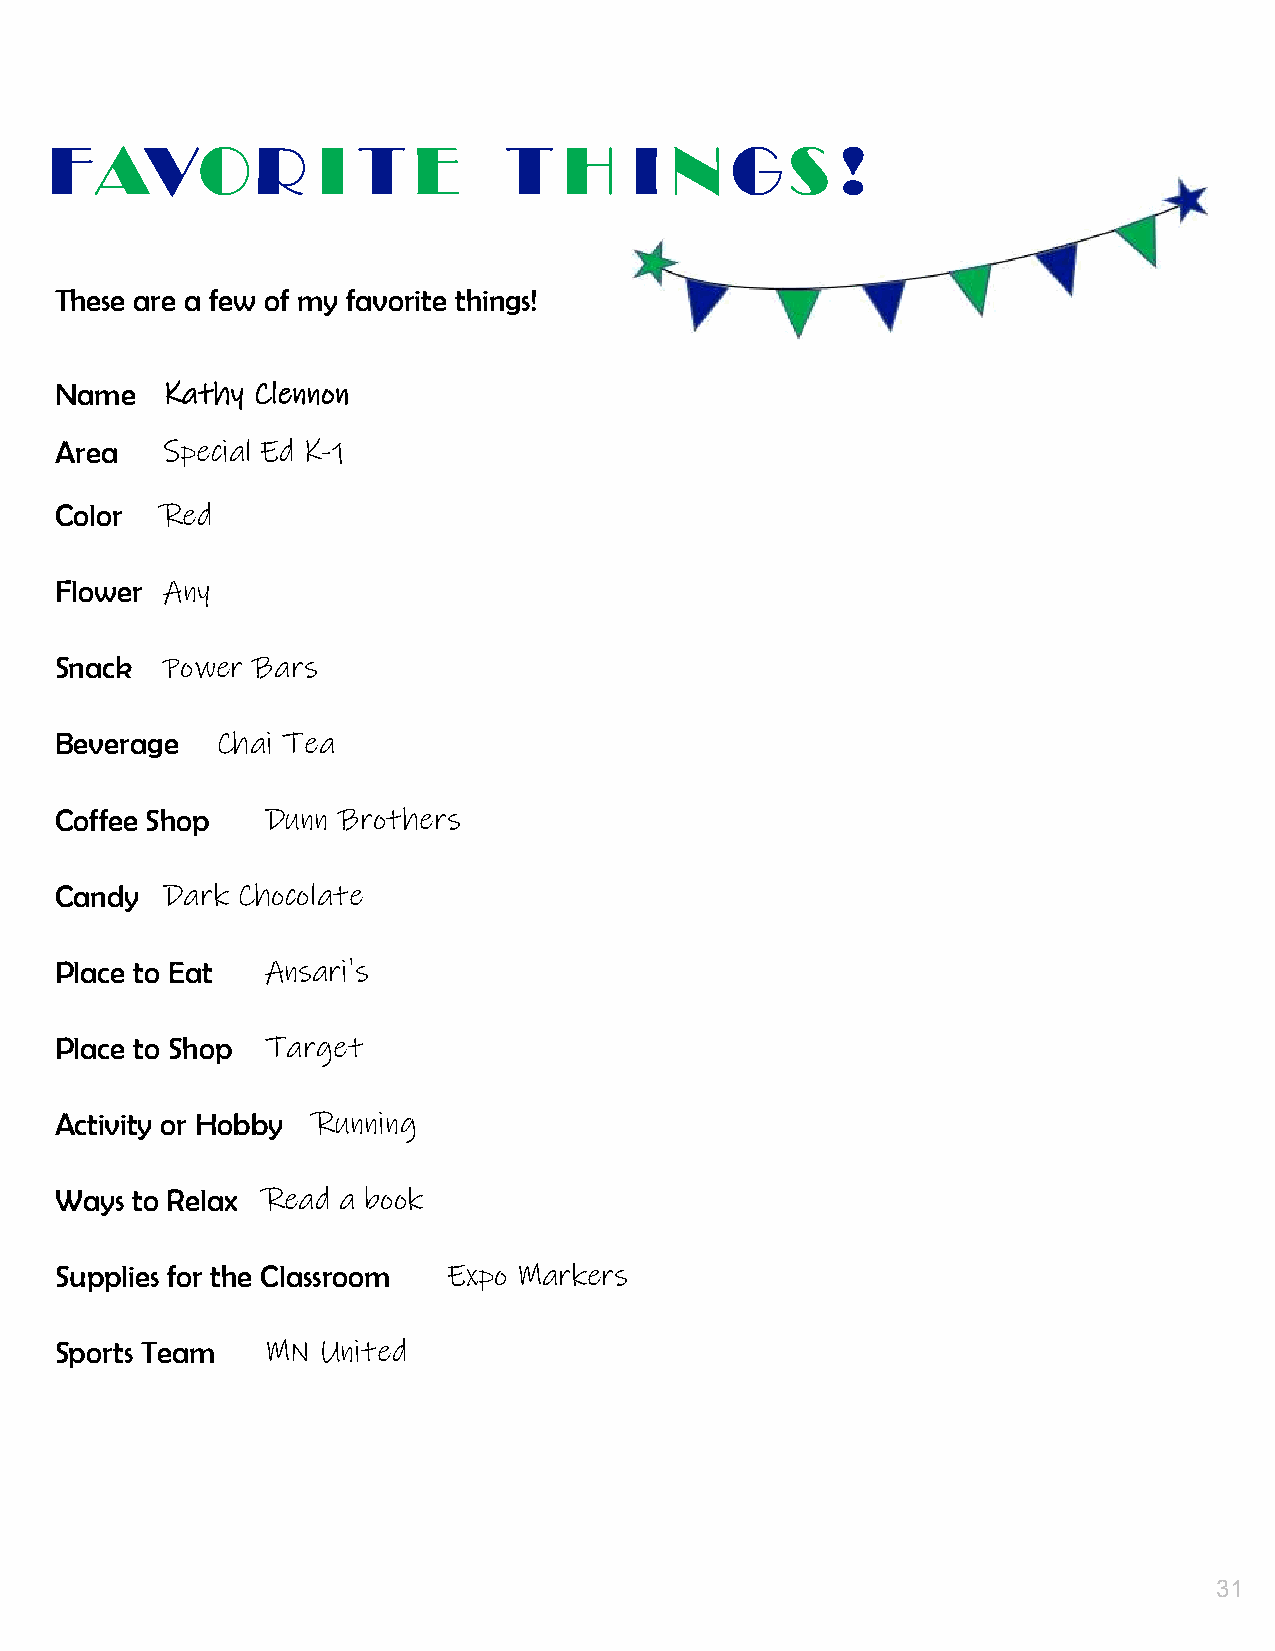
30.
 FAVOR             I  T  E     T   H    I N   GS      !
 These are a few of my favorite things!
 Name   Kathy Clennon
 Area   Special Ed K-1
 Color  Red
 Flower Any
 Snack  Power Bars
 Beverage  Chai Tea
 Coffee Shop   Dunn Brothers
 Candy  Dark Chocolate
 Place to Eat  Ansari's
 Place to Shop Target
 Activity or Hobby Running
 Ways to Relax Read a book
 Supplies for the Classroom Expo Markers
 Sports Team   MN United
 31